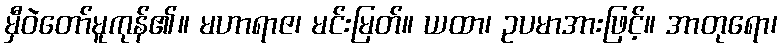
မှီဝဲတော်မူကုန်၏။ မဟာရာဇ၊ မင်းမြတ်။ ယထာ၊ ဥပမာအားဖြင့်။ အာတုရော၊